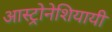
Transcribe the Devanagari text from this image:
आस्ट्रोनेशियायी